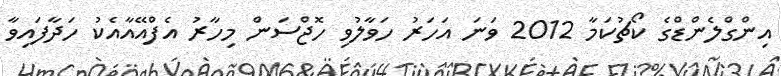
އިންގްލެންޑްގެ ކޯޗުކަމާ 2012 ވަނަ އަހަރު ހަވާލުވި ހޮޖްސަން މިހާރު އެފްއޭއާއެކު ހަދާފައިވާ